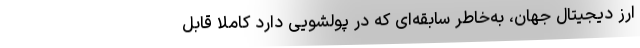
ارز دیجیتال جهان، به‌خاطر سابقه‌ای که در پولشویی دارد کاملاً قابل